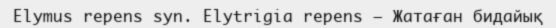
Elymus repens syn. Elytrigia repens – Жатаған бидайық‎